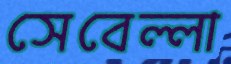
সেবেল্লা